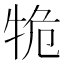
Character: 𤙙